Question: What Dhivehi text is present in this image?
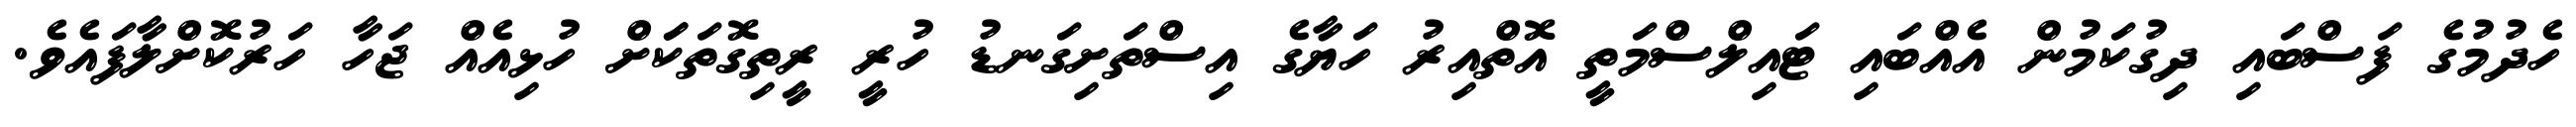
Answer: ހެދުމުގެ ފަސްބައި ދިގުކަމުން އެއްބައި ޓައިލްސްމަތީ އޮތްއިރު ހަޔާގެ އިސްތަށިގަނޑު ހުރީ ރީތިގޮތަކަަށް ހުޅިއެއް ޖަހާ ހަރުކޮށްލާފައެވެ.